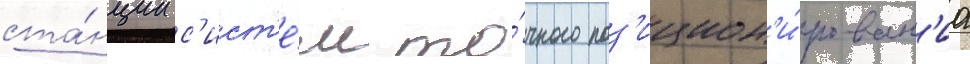
ста́нции с'ист'е́м то́чного поз'ицион'и́рован'иа